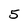
Character: 5